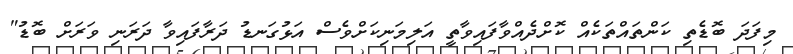
މިފަދަ ބޮޑެތި ކަންތައްތަކެއް ކޮށްދެއްވާފައިވާތީ އަލިމަނިކަށްވެސް އަޅުގަނޑު ދަރާފައިވާ ދަރަނި ވަރަށް ބޮޑު"